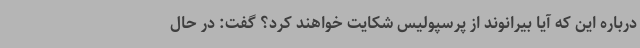
درباره این که آیا بیرانوند از پرسپولیس شکایت خواهند کرد؟ گفت: در حال